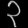
Digit: ၃